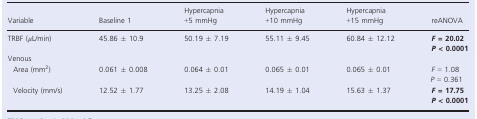
<table><thead><tr><td><b>Variable</b></td><td><b>Baseline 1</b></td><td><b>Hypercapnia +5 mmHg</b></td><td><b>Hypercapnia +10 mmHg</b></td><td><b>Hypercapnia +15 mmHg</b></td><td><b>reANOVA</b></td></tr></thead><tbody><tr><td>TRBF (<i>μ</i>L/min)</td><td>45.86 ± 10.9</td><td>50.19 ± 7.19</td><td>55.11 ± 9.45</td><td>60.84 ± 12.12</td><td><i><b>F</b></i><b>= 20.02</b><i><b>P</b></i><b>&lt; 0.0001</b></td></tr><tr><td colspan="6">Venous</td></tr><tr><td>Area (mm<sup>2</sup>)</td><td>0.061 ± 0.008</td><td>0.064 ± 0.01</td><td>0.065 ± 0.01</td><td>0.065 ± 0.01</td><td><i>F</i> = 1.08<i>P</i> = 0.361</td></tr><tr><td>Velocity (mm/s)</td><td>12.52 ± 1.77</td><td>13.25 ± 2.08</td><td>14.19 ± 1.04</td><td>15.63 ± 1.37</td><td><i><b>F</b></i><b>= 17.75</b><i><b>P</b></i><b>&lt; 0.0001</b></td></tr></tbody></table>